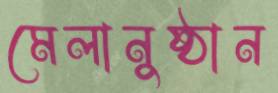
মেলানুষ্ঠান